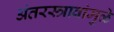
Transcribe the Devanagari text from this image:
अंतरस्त्रावांमुळे